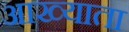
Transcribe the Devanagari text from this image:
आख्याता